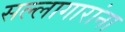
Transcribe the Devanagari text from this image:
सल्लागारांना